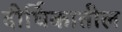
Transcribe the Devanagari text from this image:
दीर्घिकातील